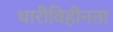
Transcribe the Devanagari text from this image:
धारीविहीनता